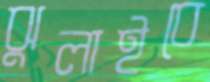
ঝুলাইবে